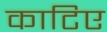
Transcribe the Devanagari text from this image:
काटिए